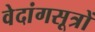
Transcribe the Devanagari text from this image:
वेदांगसूत्रों